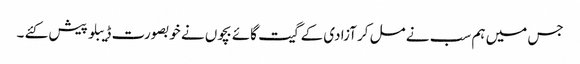
جس میں ہم سب نے مل کر آزادی کے گیت گائے بچوں نے خوبصورت ڈیبلو پیش کئے ۔